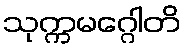
သုက္ကမဂ္ဂေါတိ